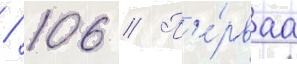
/ 106 // П'е́рваа